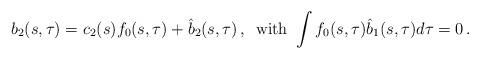
LaTeX: \begin{align*} b_2 (s,\tau) = c_2(s) f_0(s,\tau) + \hat b_2(s,\tau) \,,\, \mbox{ with } \int f_0 (s,\tau) \hat b_1 (s,\tau) d\tau =0\,.\end{align*}